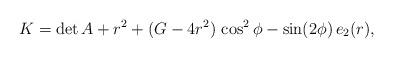
LaTeX: \begin{align*}K= \det A+ r^2+(G-4 r^2)\,\cos^2 \phi-\sin(2 \phi) \,e_2(r),\end{align*}